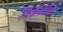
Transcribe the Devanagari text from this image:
पिढय़ांनी